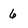
Character: 6